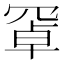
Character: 𦋐